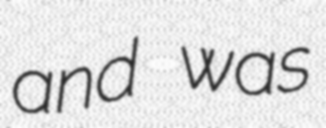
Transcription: and was